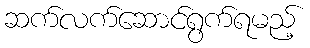
ဆက်လက်ဆောင်ရွက်ရမည့်